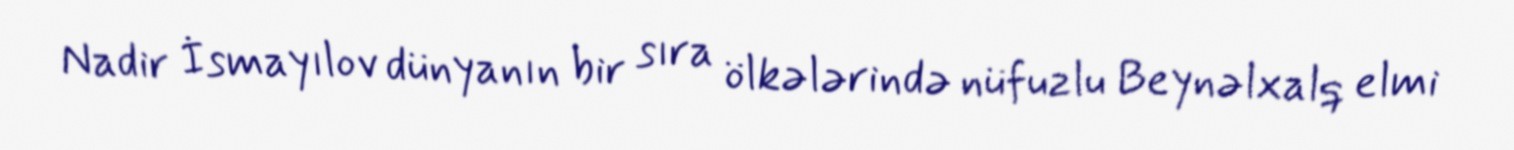
Nadir İsmayılov dünyanın bir sıra ölkələrində nüfuzlu Beynəlxalq elmi